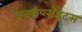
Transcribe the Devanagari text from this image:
एक्सप्लॉइट्स